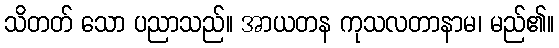
သိတတ် သော ပညာသည်။ အာယတန ကုသလတာနာမ၊ မည်၏။